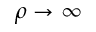
\rho \rightarrow \infty